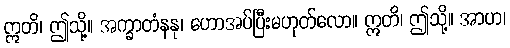
ဣတိ၊ ဤသို့။ အက္ခာတံနနု၊ ဟောအပ်ပြီးမဟုတ်လော။ ဣတိ၊ ဤသို့။ အာဟ၊